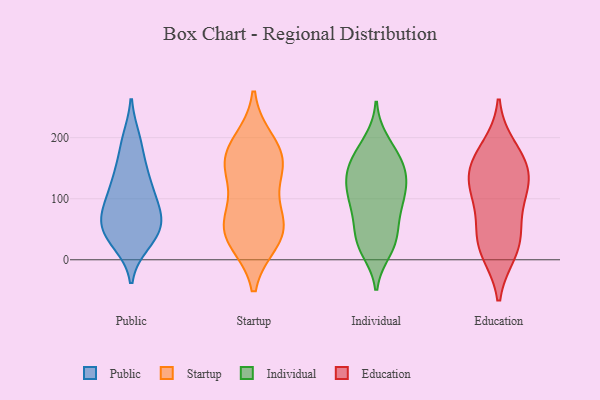
{"axis": {"x": "Bounce Rate (%)", "y": "Value"}, "legend": ["Education", "Individual", "Public", "Startup"], "data": [{"x": "", "y": 94, "type": "Public"}, {"x": "", "y": 49, "type": "Public"}, {"x": "", "y": 30, "type": "Public"}, {"x": "", "y": 93, "type": "Public"}, {"x": "", "y": 198, "type": "Public"}, {"x": "", "y": 138, "type": "Public"}, {"x": "", "y": 127, "type": "Public"}, {"x": "", "y": 52, "type": "Public"}, {"x": "", "y": 85, "type": "Public"}, {"x": "", "y": 38, "type": "Public"}, {"x": "", "y": 74, "type": "Public"}, {"x": "", "y": 27, "type": "Public"}, {"x": "", "y": 194, "type": "Public"}, {"x": "", "y": 124, "type": "Public"}, {"x": "", "y": 157, "type": "Public"}, {"x": "", "y": 64, "type": "Public"}, {"x": "", "y": 58, "type": "Public"}, {"x": "", "y": 169, "type": "Startup"}, {"x": "", "y": 32, "type": "Startup"}, {"x": "", "y": 170, "type": "Startup"}, {"x": "", "y": 60, "type": "Startup"}, {"x": "", "y": 70, "type": "Startup"}, {"x": "", "y": 147, "type": "Startup"}, {"x": "", "y": 55, "type": "Startup"}, {"x": "", "y": 142, "type": "Startup"}, {"x": "", "y": 34, "type": "Startup"}, {"x": "", "y": 192, "type": "Startup"}, {"x": "", "y": 70, "type": "Individual"}, {"x": "", "y": 194, "type": "Individual"}, {"x": "", "y": 90, "type": "Individual"}, {"x": "", "y": 154, "type": "Individual"}, {"x": "", "y": 170, "type": "Individual"}, {"x": "", "y": 23, "type": "Individual"}, {"x": "", "y": 29, "type": "Individual"}, {"x": "", "y": 128, "type": "Individual"}, {"x": "", "y": 129, "type": "Individual"}, {"x": "", "y": 39, "type": "Individual"}, {"x": "", "y": 77, "type": "Individual"}, {"x": "", "y": 110, "type": "Individual"}, {"x": "", "y": 137, "type": "Individual"}, {"x": "", "y": 32, "type": "Individual"}, {"x": "", "y": 16, "type": "Individual"}, {"x": "", "y": 106, "type": "Individual"}, {"x": "", "y": 147, "type": "Individual"}, {"x": "", "y": 96, "type": "Individual"}, {"x": "", "y": 182, "type": "Individual"}, {"x": "", "y": 155, "type": "Individual"}, {"x": "", "y": 39, "type": "Education"}, {"x": "", "y": 117, "type": "Education"}, {"x": "", "y": 51, "type": "Education"}, {"x": "", "y": 13, "type": "Education"}, {"x": "", "y": 161, "type": "Education"}, {"x": "", "y": 156, "type": "Education"}, {"x": "", "y": 141, "type": "Education"}, {"x": "", "y": 100, "type": "Education"}, {"x": "", "y": 118, "type": "Education"}, {"x": "", "y": 16, "type": "Education"}, {"x": "", "y": 183, "type": "Education"}]}